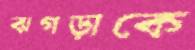
ঝগড়াকে